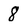
Character: 8